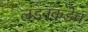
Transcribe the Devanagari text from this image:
लंडनकडेच